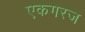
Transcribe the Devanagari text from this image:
एकगरज